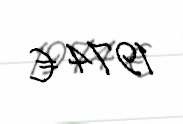
1974 €